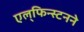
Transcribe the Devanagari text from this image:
एल्‌फिन्स्टनने